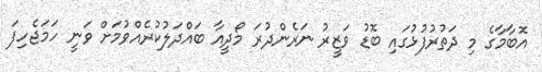
އޮބާމާގެ މި ދަތުރުފުޅުގައި ބޮޑު ވަޒީރު ނަރެންދުރަ މޯދީއާ ބައްދަލުކުރެއްވުމަށް ވަނީ ހަމަޖެހިފަ